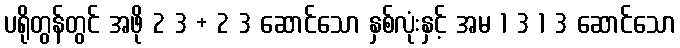
ပရိုတွန်တွင် အဖို 2 3 + 2 3 ဆောင်သော နှစ်လုံးနှင့် အမ 1 3 1 3 ဆောင်သော